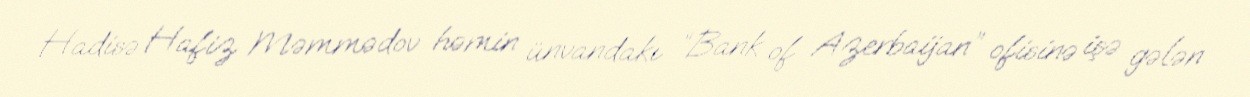
Hadisə Hafiz Məmmədov həmin ünvandakı “Bank of Azerbaijan” ofisinə işə gələn